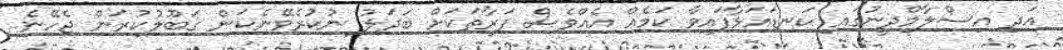
އަދި އިސްލާމްދީނުގައި ކަނޑައަޅާފައިވާ ކަމެއް އެއްވެސް ފަރާތަކަށް ބަދަލު ނުކުރެވޭނެކަން ގަބޫލުކުރަން ޖެހޭނެ